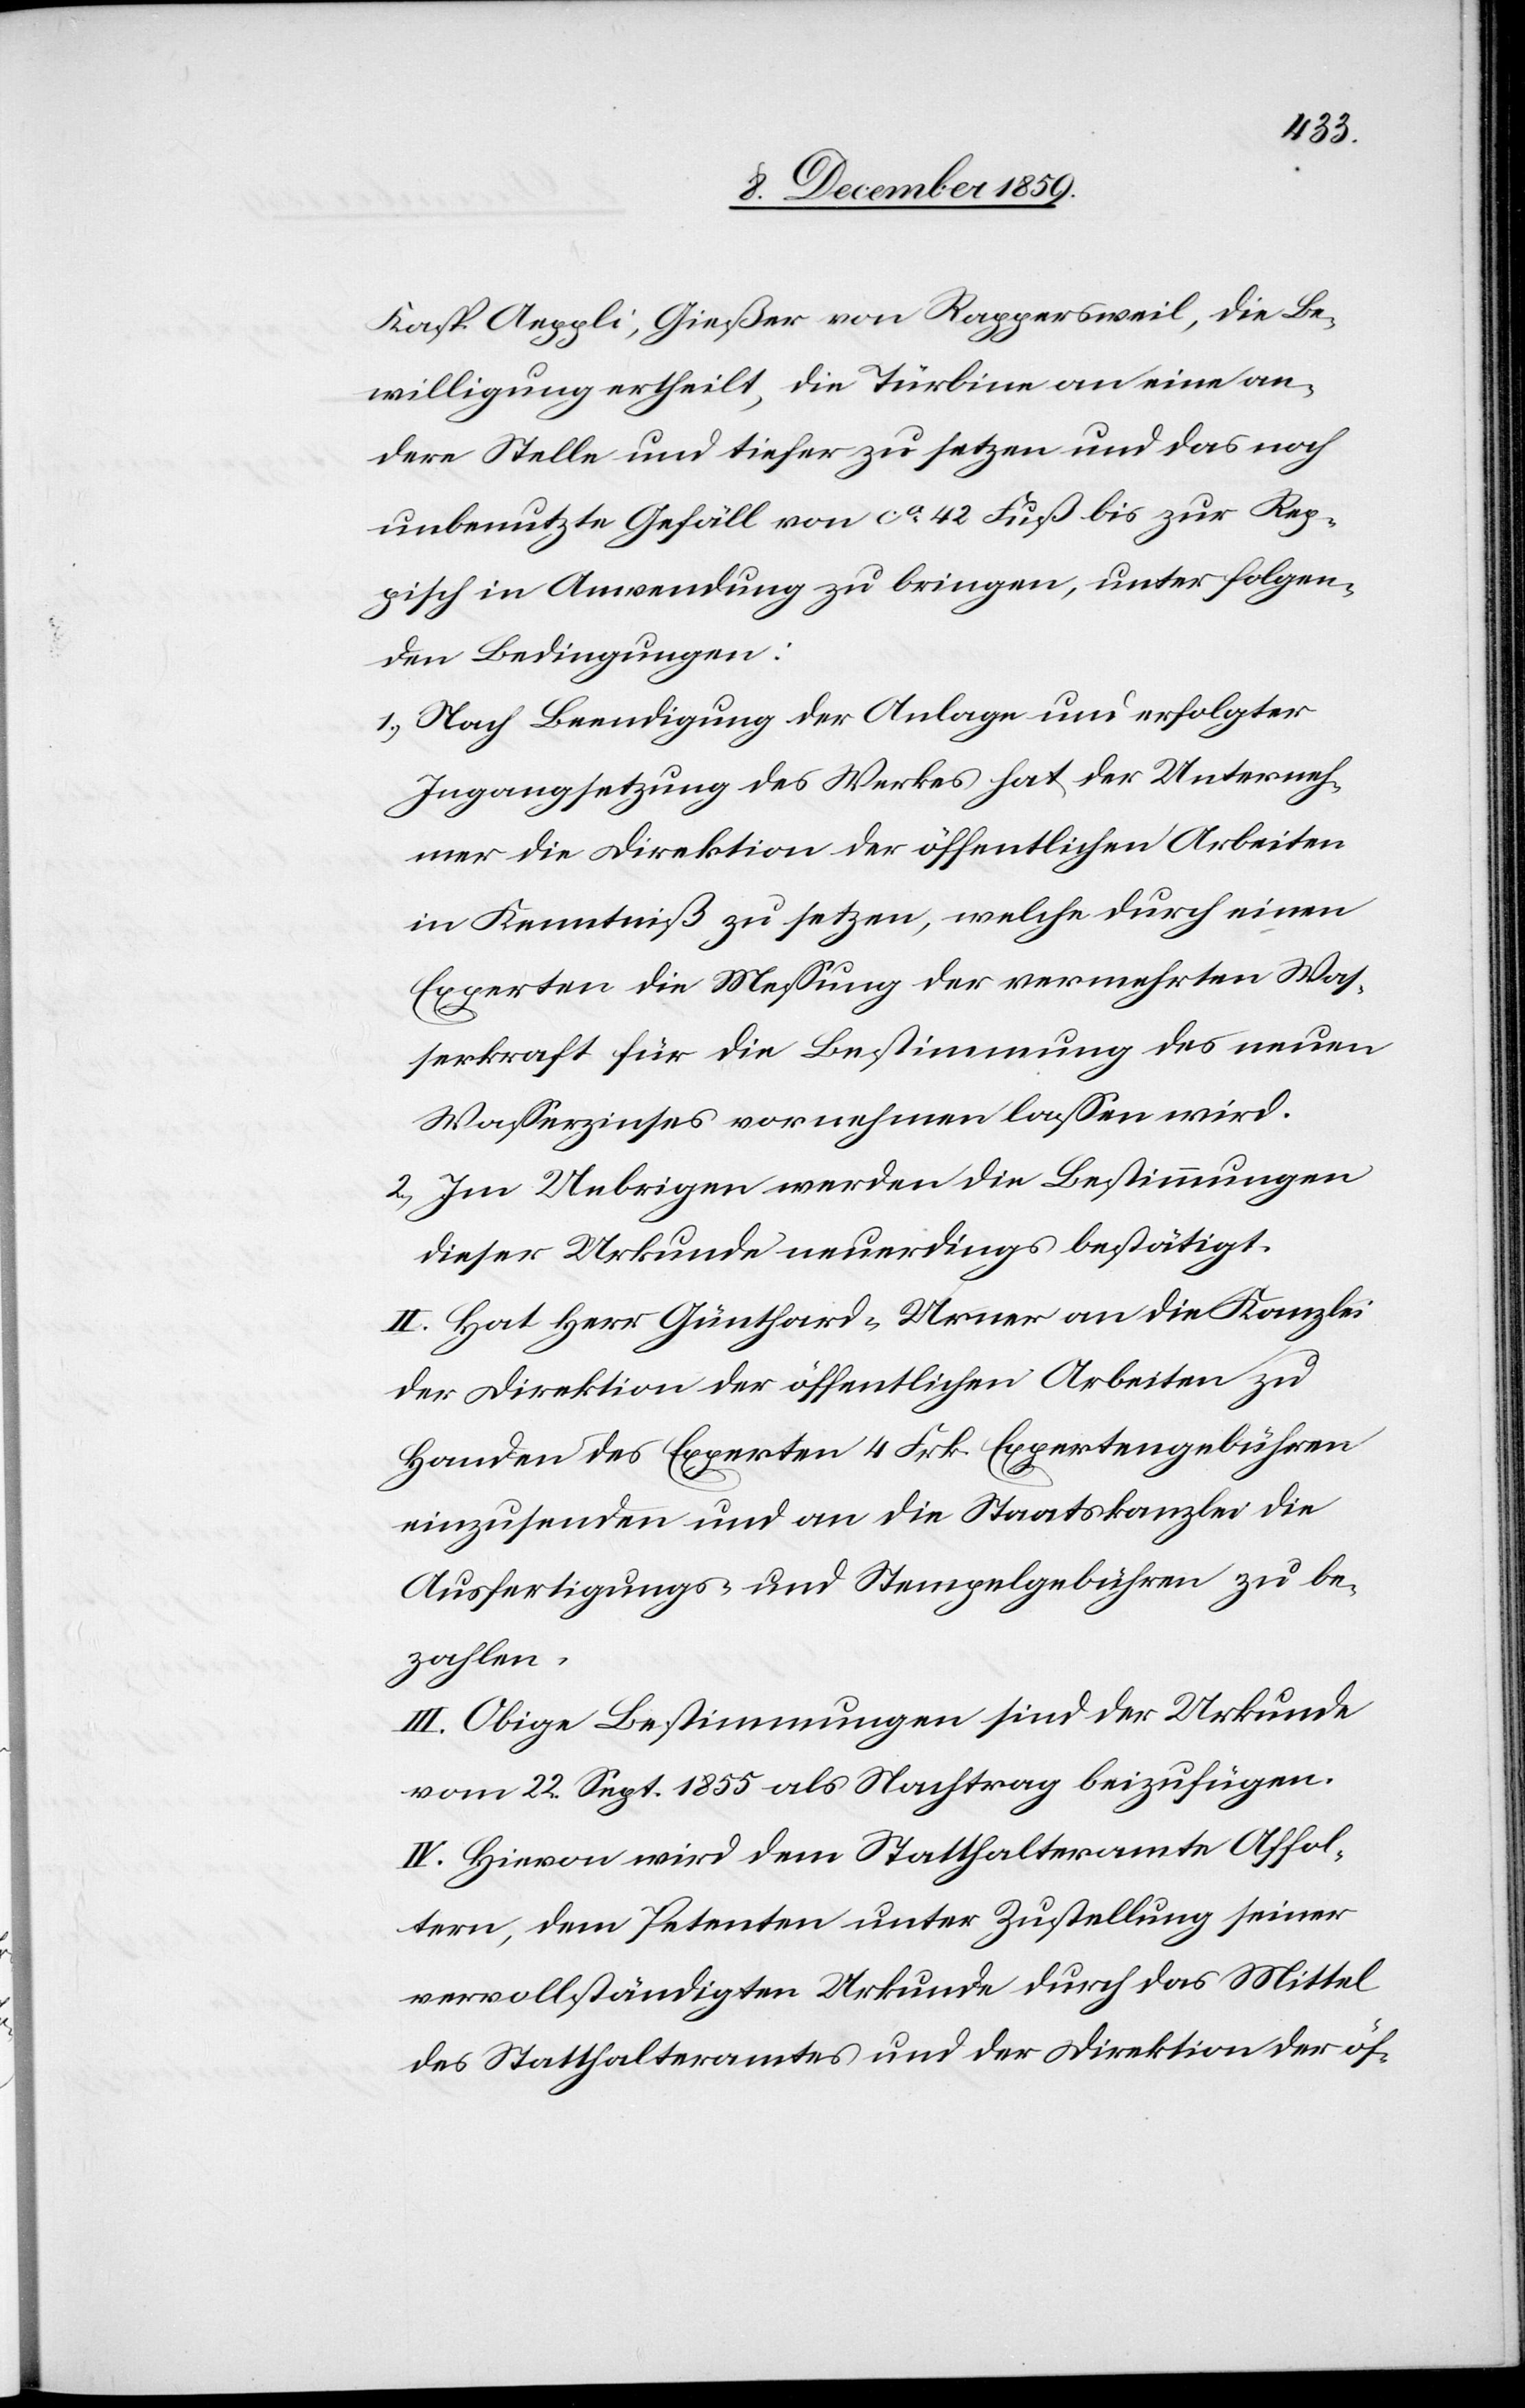
Kasp. Aeppli, Gießer von Rappersweil, die Be¬
willigung ertheilt, die Türbine an eine an¬
dere Stelle und tiefer zu setzen und das noch
unbenutzte Gefäll von ca. 42 Fuß bis zur Rep¬
pisch in Anwendung zu bringen, unter folgen¬
den Bedingungen.
1.) Nach Beendigung der Anlage und erfolgter
Ingangsetzung des Werkes hat der Unterneh¬
mer die Direktion der öffentlichen Arbeiten
in Kenntniß zu setzen, welche durch einen
Experten die Messung der vermehrten Was¬
serkraft für die Bestimmung des neuen
Wasserzinses vornehmen lassen wird.
2.) Im Uebrigen werden die Bestimmungen
dieser Urkunde neuerdings bestätigt.
II. Hat Herr Günthard-Urner an die Kanzlei
der Direktion der öffentlichen Arbeiten zu
Handen des Experten 4 Frk. Expertengebühren
einzusenden und an die Staatskanzlei die
Ausfertigungs- und Stempelgebühren zu be¬
zahlen.
III. Obige Bestimmungen sind der Urkunde
vom 22. Sept. als Nachtrag beizufügen.
IV. Hievon wird dem Statthalteramte Affol¬
tern, dem Petenten unter Zustellung seiner
vervollständigten Urkunde durch das Mittel
des Statthalteramtes und der Direktion der öf-